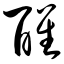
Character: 醒